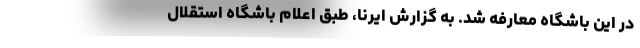
در این باشگاه معارفه شد. به گزارش ایرنا، طبق اعلام باشگاه استقلال